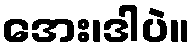
အေး၊ဒါပဲ။